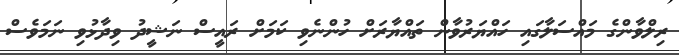
ރިލްވާންގެ މައްސަލާގައި ހައްޔަރުވާން ތައްޔާރަށް ހުންނެވި ކަމަށް ރައީސް ނަޝީދު ވިދާޅުވި ނަމަވެސް